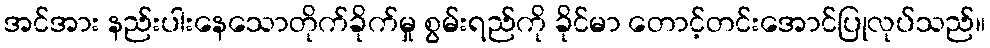
အင်အား နည်းပါးနေသောတိုက်ခိုက်မှု စွမ်းရည်ကို ခိုင်မာ တောင့်တင်းအောင်ပြုလုပ်သည်။